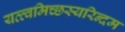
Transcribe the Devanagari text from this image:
यत्त्वमिच्छस्यरिन्दम